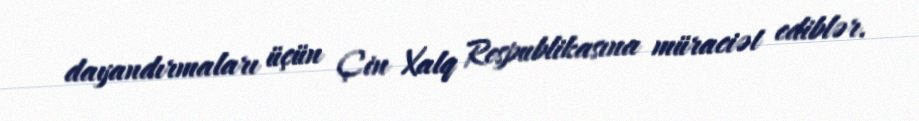
dayandırmaları üçün Çin Xalq Respublikasına müraciət ediblər.